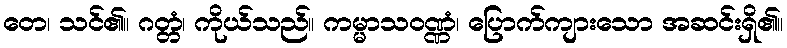
တေ၊ သင်၏။ ဂတ္တံ၊ ကိုယ်သည်။ ကမ္မာသဝဏ္ဏံ၊ ပြောက်ကျားသော အဆင်းရှိ၏။